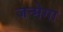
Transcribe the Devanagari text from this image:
जन्मेगा